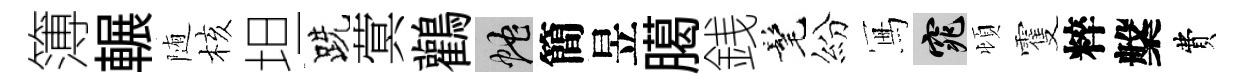
簿輾随核坦跣蓂鸛蛇簡昱臈銭髦紛冩窕頓䨥粹槃費